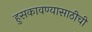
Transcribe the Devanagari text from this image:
हुसकावण्यासाठीची